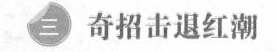
三 奇招击退红潮